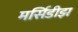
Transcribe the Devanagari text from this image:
मर्सिडीझ